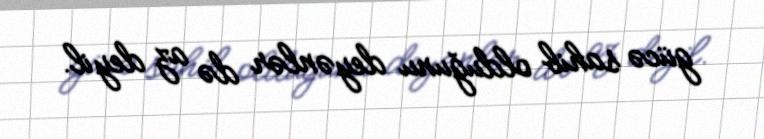
gücə sahib olduğunu deyənlər də az deyil.